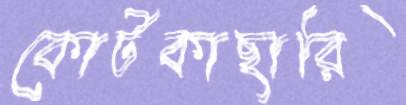
কোর্টকাছারি